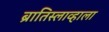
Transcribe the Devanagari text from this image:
ब्रातिस्लाव्हाला